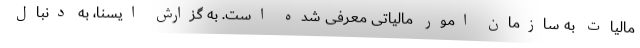
مالیات به سازمان امور مالیاتی معرفی شده است. به گزارش ایسنا، به دنبال